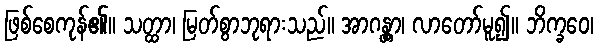
ဖြစ်စေကုန်၏။ သတ္ထာ၊ မြတ်စွာဘုရားသည်။ အာဂန္တွာ၊ လာတော်မူ၍။ ဘိက္ခဝေ၊